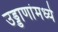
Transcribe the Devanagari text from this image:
उड्डाणांमध्ये